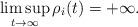
LaTeX: \begin{align*}\limsup_{t\to\infty}\rho_i(t)=+\infty.\end{align*}